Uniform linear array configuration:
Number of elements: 8
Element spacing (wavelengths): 0.75
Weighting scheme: hann
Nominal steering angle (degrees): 15
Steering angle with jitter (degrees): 16.966
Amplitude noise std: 0.05
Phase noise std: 0.05

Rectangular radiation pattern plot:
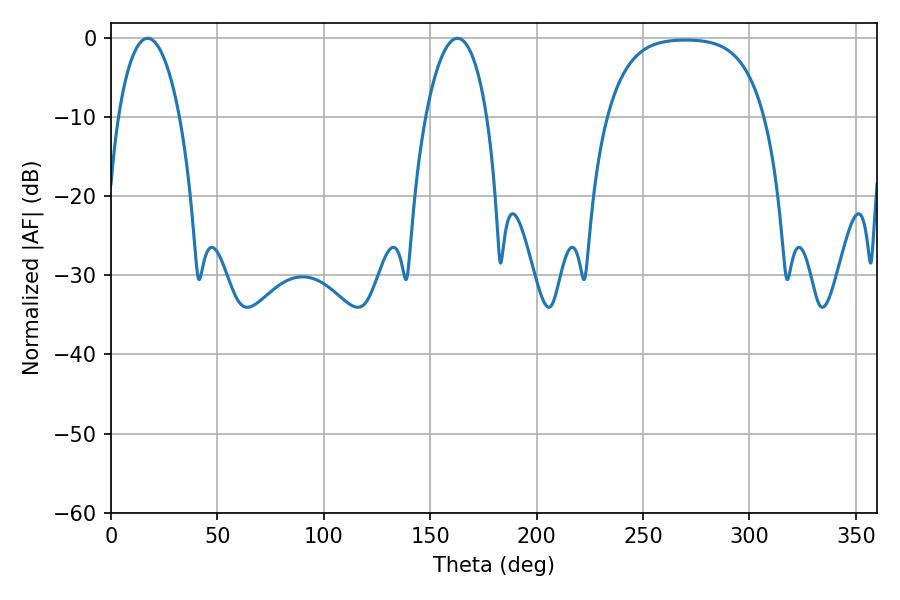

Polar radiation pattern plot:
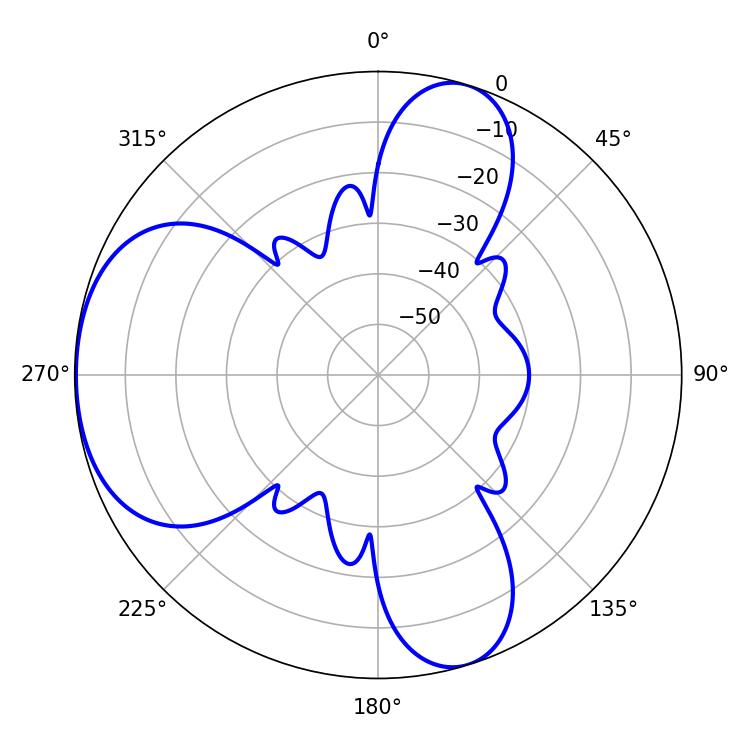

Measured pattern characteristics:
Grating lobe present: TRUE
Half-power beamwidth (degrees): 16.2
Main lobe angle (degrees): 17.28